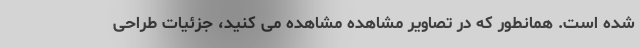
شده است. همانطور که در تصاویر مشاهده مشاهده می کنید، جزئیات طراحی